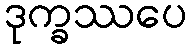
ဒုက္ခဿပေ